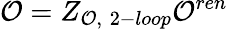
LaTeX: {\cal O}=Z_{{\cal O},\; 2-loop}{\cal O}^{ren}